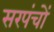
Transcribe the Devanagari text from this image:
सरपंचों